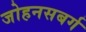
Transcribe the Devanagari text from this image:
जोहनसबर्ग